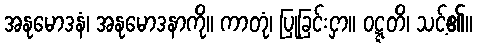
အနုမောဒနံ၊ အနုမောဒနာကို။ ကာတုံ၊ ပြုခြင်းငှာ။ ဝဋ္ဋတိ၊ သင့်၏။